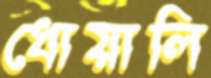
ধোয়ালি